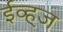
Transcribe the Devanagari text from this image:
ईव्ह्‌ज